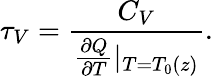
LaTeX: \tau_{V}=\frac{C_{V}}{\frac{\partial Q}{\partial T}|_{T=T_{0}(z)}}.